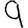
Digit: 9